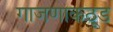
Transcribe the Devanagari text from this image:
गाजणाकठूड